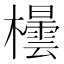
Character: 𪴘